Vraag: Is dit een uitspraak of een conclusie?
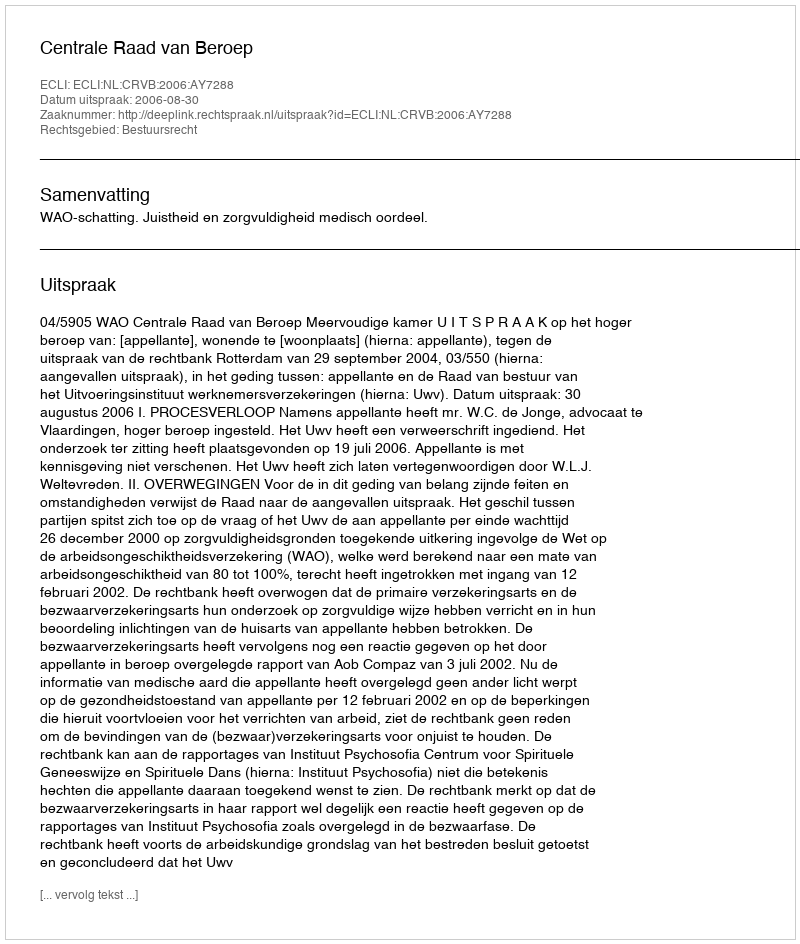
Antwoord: Uitspraak